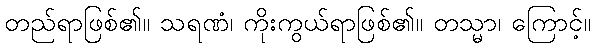
တည်ရာဖြစ်၏။ သရဏံ၊ ကိုးကွယ်ရာဖြစ်၏။ တသ္မာ၊ ကြောင့်။